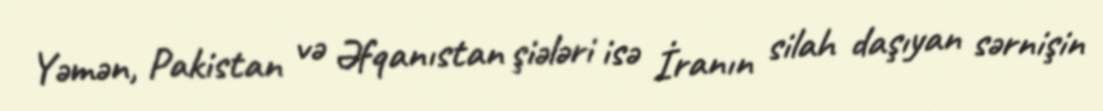
Yəmən, Pakistan və Əfqanıstan şiələri isə İranın silah daşıyan sərnişin